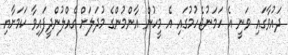
ދައުވާގައި ވަނީ އެ ހަމަނުޖެހުމުގައި އެ މީހުން އާންމުންގެ މުދަލަށް ގެއްލުންދީފައިވާ ކަމަށާއި